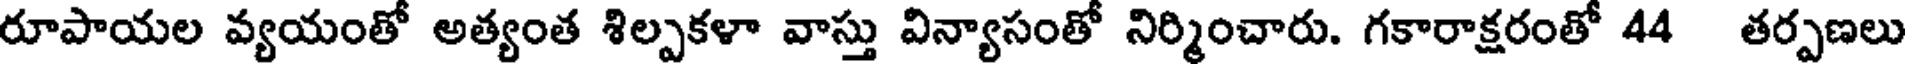
రూపాయల వ్యయంతో అత్యంత శిల్పకళా వాస్తు విన్యాసంతో నిర్మించారు. గకారాక్షరంతో 44 తర్పణలు